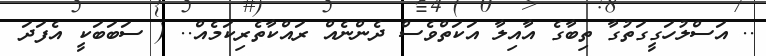
.. އަސްލުހަގީގަތުގާ ތިބާގެ އާއިލާ އަކަތްވެސް ދެންނެއް ރައްކާތެރިކަމެއް.. ( ސަބަބަކީ އެފަދަ